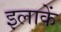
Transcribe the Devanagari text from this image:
इलाकें